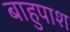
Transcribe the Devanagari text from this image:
बाहुपाश